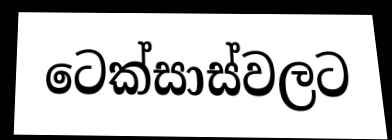
ටෙක්සාස්වලට